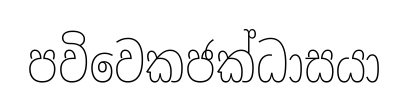
පවිවෙකජක්ධාසයා